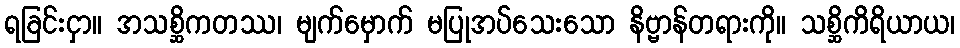
ရခြင်းငှာ။ အသစ္ဆိကတဿ၊ မျက်မှောက် မပြုအပ်သေးသော နိဗ္ဗာန်တရားကို။ သစ္ဆိကိရိယာယ၊